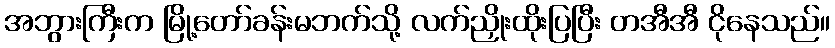
အဘွားကြီးက မြို့တော်ခန်းမဘက်သို့ လက်ညှိုးထိုးပြပြီး တအီအီ ငိုနေသည်။